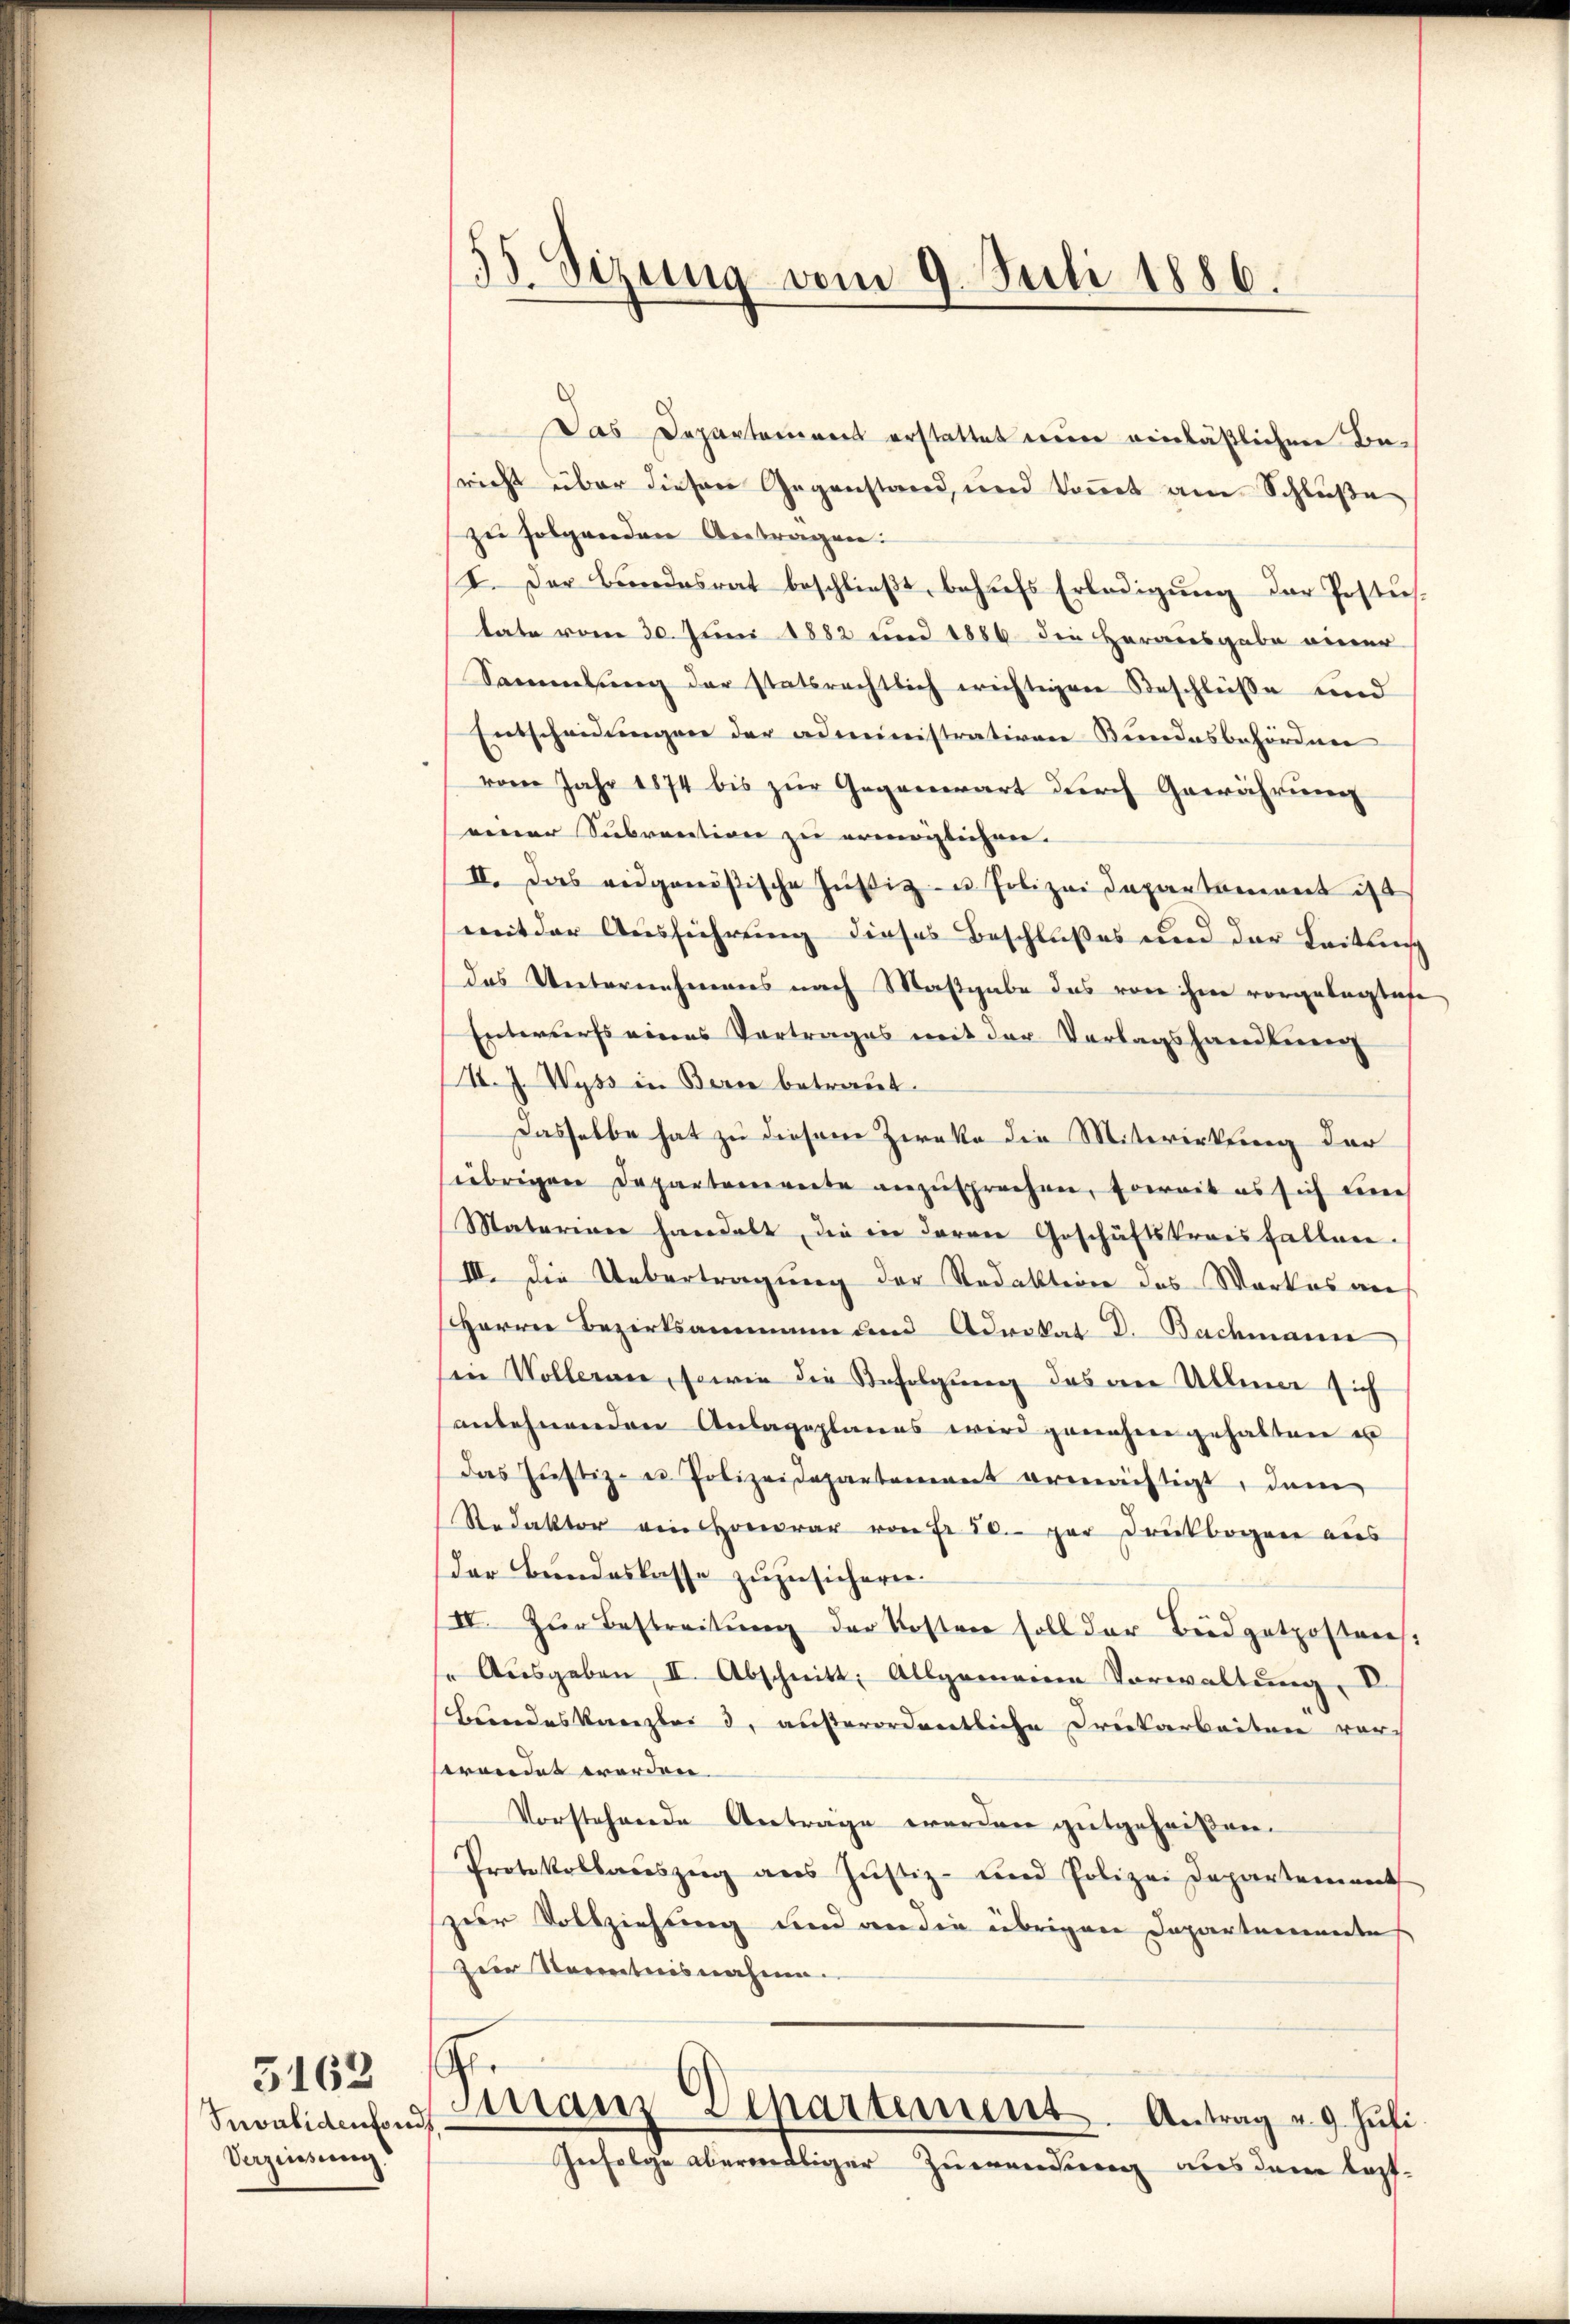
5162
Snvalidenfonds
Veziissung.

35. Sizung vom 9. Juli 1886.

Das Departement erstattet nun einläßlichen Besricht über diesen Gegenstand, und kommt am Schluße
zu folgenden Antragen:
I. Der Bundesrat beschlieβt, behŭfs Erledigŭng der Postus.
tate vom 30. Juni 1882 und 1886 die Herausgabe einer
Sammlung der statsrechtlich wichtigen Beschlüße und
Entscheidŭngen der administrativen Bundesbehördnen
vom Jahr 1874 bis zur Gegenwart durch Gewährung
einer Subrention zu ermöglichen.
II. Das eidgenößische Justiz- u. Polizei Departament ist
mit der Aŭsführŭng dieses Beschlußes und der Leitung
das Unternehmens nach Maßgabe das von ihm vorgelagliche
Enterers eines Vortrages mit der Verlagshandlung
A. J. Wyss in Bern betraut.
Dasselbe hat zu diesem Zwecke die Mitwirkung der
übrigen Departemente anzusprechen, soweit es sich nich
Matarerer handelt, die in deren Geschäftskrais fallen.
III. Die Uebertragung der Redaktion des Werkes an
Herren Bezirksammann und Advokat D. Bachmann
iin Wollerne, sowie die Befolgung das die Alleine sich
anlehnenden Anlageplanes wird genahme gehalten es
das Justiz- u Polizeidepartement ermächtigt, den
Redaktor von Honorar von Fr. 50. par Druckbogene aus
der Bundeskasse zuzusicheren.
IV. Zŭr Bestreitŭng der Kosten soll der Büdgetpostens.
e Aŭsgaben II. Abschnitt. Allgemeine Vorwaltŭng, V.
Bundeskanzleid, außerordentliche Druckarbeiten vorprendet worden.
Vorstehende Antrage werden gutgeheißen.
Protokollaŭszŭg ans Jŭstiz- und Polizei Departement
zur Vollziehung und an die übrigen Departementes
Zur Kenntnisnahme.
G.
Manz Departement. Antrag u. 9. Juli.
Zufolge aberendliger Zuwendung aus dem Kopf-